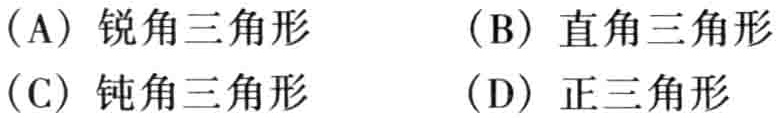
（A）锐角三角形 （B）直角三角形 （C）钝角三角形 （D）正三角形